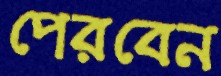
পেরবেন